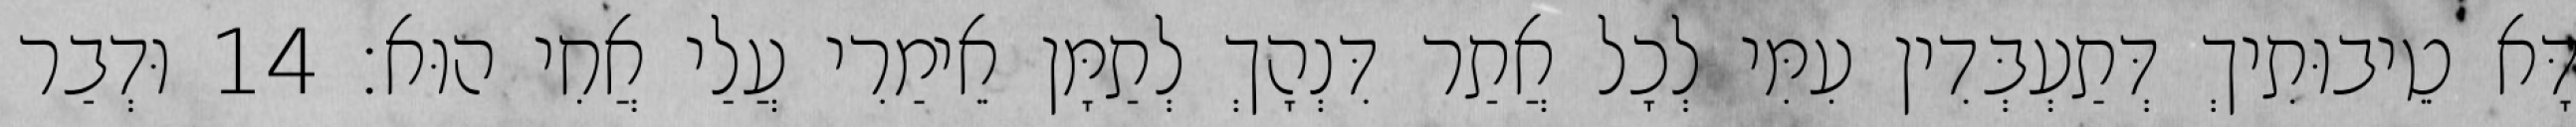
דָּא טֵיבוּתִיךְ דְּתַעְבְּדִין עִמִּי לְכָל אֲתַר דִּנְהָךְ לְתַמָּן אֵימַרִי עֲלַי אֲחִי הוּא׃ 14 וּדְבַר